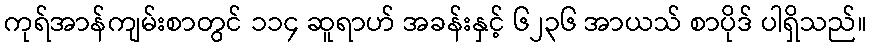
ကုရ်အာန်ကျမ်းစာတွင် ၁၁၄ ဆူရာဟ် အခန်းနှင့် ၆၂၃၆ အာယသ် စာပိုဒ် ပါရှိသည်။